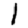
Digit: 1